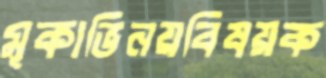
মূকাভিনয়বিষয়ক